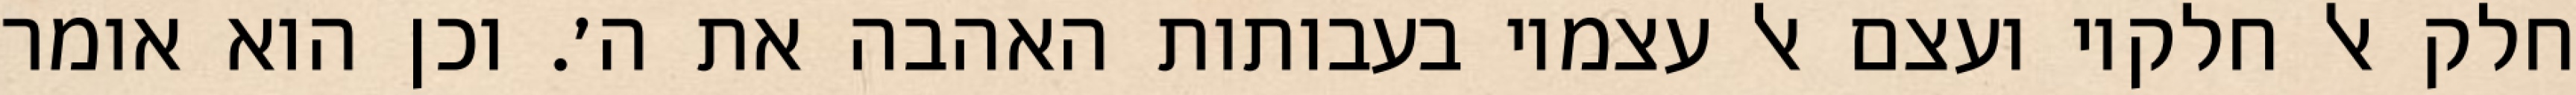
חלק אל חלקיו ועצם אל עצמיו בעבותות האהבה את ה׳. וכן הוא אומר